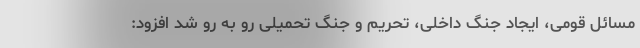
مسائل قومی، ایجاد جنگ داخلی، تحریم و جنگ تحمیلی رو به رو شد افزود: